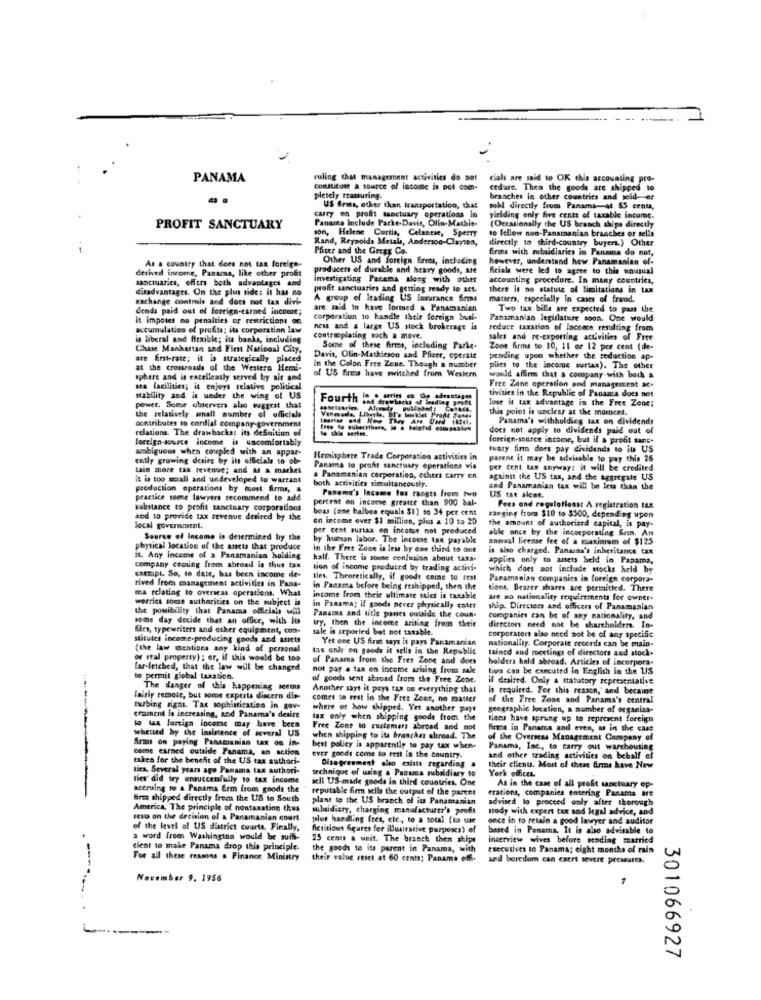
PANAMA
ruling chat management activities do not
cials are said to OK this accounting pro-
constitute a source of income is pot com-
cedure. Then the goods are shipped to
pletely ttasturing.
branches in other countries and sold- or
US friss, other than transportation, that
soll directly from Panama-at 65 cents,
carry on profit sanctuary operations in
Panama Include Parke-Davis, Olin-Mathie-
yielding only five cents of taxable income.
PROFIT SANCTUARY
son, Helene Curtis, Celanese, Sperry
(Occasionally the US branch ships directly
to Icllow non-Panamanian branches or sells
Rand, Reynolds Metala, Andersoo-Clayton,
directly to third-country buyers.) Other
Pfizer and the Gregs Co.
frons with mibsidiaries in Panama do not,
As a country that does not tax foreign.
Other US and foreign Gres, including
however, understand how. Panamanian of-
derived income, Panaras, like other profit
producers of durable and heavy goods, ale
Frials were led to agree to this unusual
sanctuaries, offers both advantages and
investigating Pacama along with other
accounting procedure. In many countries,
disadvantages. On the plus side: it has no
profit sanctuaries and getting ready to act.
there is no statute of limitations in tax
exchange controls and does not tas divi-
A group of leading US Insurance firms
matters, especially In cases of fraud.
denda paid out of foreign-earned income;
are said to have formed a Panamanian
Two tax bills are expected to pass the
it imposes no penalties or restrictions oc
corporation to handle their foreign buti-
Panamanian legislature soon. One would
accumulation of profits; its corporation law
ness and a large US stock brokerage is
reduce taxation of Income resulting from
is liberal and flexible; its banks, including
contemplating such a move.
sales and re-exporting activities of Free
Chase Manhattan sad Fint National City,
Some of these firmas, including Parke.
Zone Arms to 10, 11 or 12 per cent (de-
are first-rate; it is strategically placed
Davis, Olin-Mathieson and Pfizer, operalt
pending upon whether the reduction ap-
at the crossroads of the Westera Hemi-
in the Colon Free Zone. Though a number
plies to the income surtax). The other
sphere and in excellently served by ait and
of US firms have switched from Western
would affirm that a company with both a
sea facilities; it enjoys relative political
Free Zone operation and management ac-
tivities in the Republic of Pananta does not
stability and is under the wing of US
Fourth in . min. de svar
und drawbacks of trading g
lose it tax advantage in the Free Zone;
power. Some observers also suggest that
Vonmeda, LD
this point is unclear at the moment.
the relatively small number of officials
Imre od Nee They Are Und
Panama's withholding tax on dividends
relations. The drawbacks: its deSuition of
contributes to cordial company-government
does not apply to dividends paid out of
foreign-source income is uncomfortably
foreign-source income, but if a profit tanc.
ambiguous when coupled with an appar-
tuary firm does pay dividends to its US
ently growing deaire by its officials to ob-
Hemisphere Trade Corporation activities in
parent it may be advisable to pay this 26
tais more tax revenue; and as a market
Panama to profit sanctuary operations via
per cent tax anyway: it will be credited
it is too small and undeveloped lo warrant
a Panamanian corporaties, otheri carry en
against the US tax, and the aggregate US
production operations by moest firms, &
both activities simultaneously.
Panama's Income tax ranges from two
and Panamanian tax will be less than the
practice some lawyers recommend to add
percent en income greater than 900 bal-
US tan alene.
substance to profit sanctuary corporations
boas (one halbes equals $1) to 34 per cent
Fees and regulations: A registration tax
and to provide tax revenue desired by the
en income over $1 million, plus a 10 to 20
the amount of authoriand capital, is pay-
ranging from $10 to $300, depending upon
local government.
per cent surtax on incomse not produced
able once by the incorporating Som. An
Source of Income is determined by the
by human labor. The income tax payable
annual license fee of a maximum of $125
physical location of the assets that produce
In the Free Zone is les by one third to one
is also charged. Panara's inheritance tax
it. Any income of a Panamanian holding
hall. There is some confusion about taxa-
applies only to assets held in Panama,
company coming from abroad is thus tax
tion of income produced by trading activi-
which does not include stocks held by
Exempt. So, to date, has been income de-
rived from management activities in Pana-
ties. Theoretically, if goods come to rest
Paramanian companies in foreign corpora-
ma relating to overseas operations. What
in Panama before being reshipped, then the
tions, Bearer shares are permitted. There
worries some authorities on the subject in
income from their ultimate sales is taxable
are no nationality requirements for owner-
the possibility that Panama officials will
in Panama; if goods never physically enter
ship. Directors and officers of Panamanian
some day decide that an office, with it
Panama and title panes outside the coun-
companies can be of any nationality, and
Eles, typewriters and other equipment, con-
try, then the income ariting from their
sale is reported but not taxable.
directors need not be shareholder. In-
Htilutes income-producing goods and assets
Yet ene US firm says it pays Panamanian
corporators also need not be of any specific
nationality. Corporate recorda can be main-
(the law mentions any kind of personal
Ins only on goods it sells in the Republic
tained and meetings of directors and stock-
or real property) ; or, if this would be 100
of Panama from the Free Zone and does
holders held abroad. Articles of incorpora-
far-fetched, that the lawe will be changed
not pay a tax on income arising from sale
tiva can be executed in English in the US
to permit global taxation.
of goods sent abroad from the Free Zone.
il desired. Only a statutory representative
The danger of this happening scemo
Another says it pays tax on everything that
in required. For this reason, and because
Fairly remote, but some experts discern die-
comes to rest in the Fres Zent, no matter
of the Free Zone sod Parama's central
tubing signs. Tax sophistication in gov-
where of how shipped. Yet another payt
geographic location, a number of organiza-
erament in increasing, and Panama's desire
tax only when shipping goods from the
tiens have sprung up to represent foreign
wheused by the insistente of several US
to tax foreign income may have been
Free Zone to customers abroad and not
Brune in Panains and even, as in the case
Arms on paying Panamanian tax on in-
when shipping to its branches abroad. The
of the Overseas Management Company of
come carned outside Panama, an action
best policy is apparently to pay tax when-
Panama, Inc ., to carry out warehousing
taken for the benefit of the US tax authori-
ever goodt come to rest in the country.
and other trading activities on behalf el
tics. Several years ago Panama tax authori-
technique of using a Pacuma rubaldiary to
Disagreement sho exists regarding
their client. Most of these Arms have New
York offices.
ties" did try ensuccesfully to tax income
well US-made goode in third countries. One
aceruing to a Panama Erm from goods the
reputable firm sells the output of the parent
erations, companies entering Panama are
As in the case of all profit sanctuary op-
firm shipped directly from the US to South
plant to the US branch of its Panamanian
advised lo proceed only after thorough
America, The principle of nontaxation thus
subsidiary, charging manufacturer's profit
study with expert tax and legal advice, and
seit on the decision of a Panamanian court
plus handling ftes, etc ., to a total (to use
once in to retain a good Imeyer and auditor
of the level of US district courts. Finally,
fictitious Agures for illustrative purposes) of
based in Panama, It is also advisable to
a word from Washington would be suffi-
25 ceam a unit. The branch then ships
interview wives before sending married
cient to make Panama drop this principle.
the goods to its parent in Panama, with
executives to Panama; eight months of rain
For all these reasons a Finance Ministry
their value reset at 60 cents; Panama off.
and boredom can exert severe pressures.
- ----
November 9, 1956
301066927